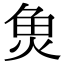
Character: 𮫬